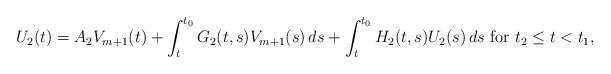
LaTeX: \begin{align*}U_{2}(t) = A_{2} V_{m+1}(t) + \int_t^{t_0} G_{2}(t, s) V_{m+1}(s) \, ds + \int_t^{t_0} H_{2}(t, s) U_{2}(s) \, ds \mbox{ for } t_2 \le t < t_1,\end{align*}